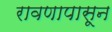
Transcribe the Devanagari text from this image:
रावणापासून